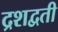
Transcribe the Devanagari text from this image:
द्रशद्वती